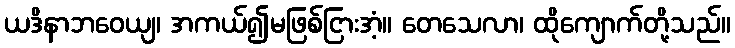
ယဒိနာဘဝေယျ၊ အကယ်၍မဖြစ်ငြားအံ့။ တေသေလာ၊ ထိုကျောက်တို့သည်။